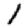
Digit: 1